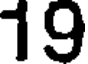
19